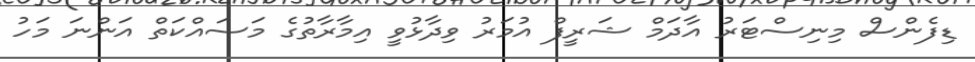
ޑިފެންސް މިނިސްޓަރު އާދަމް ޝަރީފް އުމަރު ވިދާޅުވީ އިމާރާތުގެ މަސައްކަތް އަންނަ މަހު